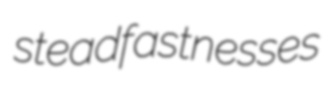
steadfastnesses